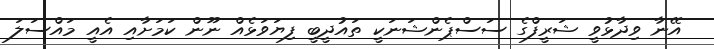
އޭނާ ވިދާޅުވީ ޝަރީފްގެ ސަސްޕެންޝަނަކީ ތައުދީބީ ފިޔަވަޅެއް ނޫން ކަމަށާއި އެއީ މައްސަލަ